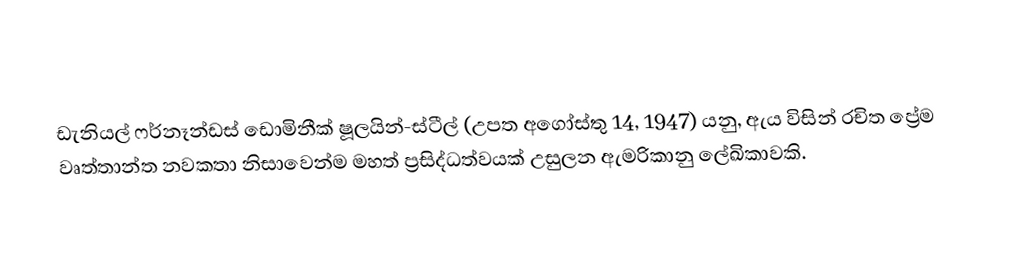
ඩැනියල් ෆර්නෑන්ඩස් ඩොමිනීක් ෂූලයින්-ස්ටීල් (උපත අගෝස්තු 14, 1947) යනු, ඇය විසින් රචිත ප්‍රේම වෘත්තාන්ත නවකතා නිසාවෙන්ම මහත් ප්‍රසිද්ධත්වයක් උසුලන ඇමරිකානු ලේඛිකාවකි.